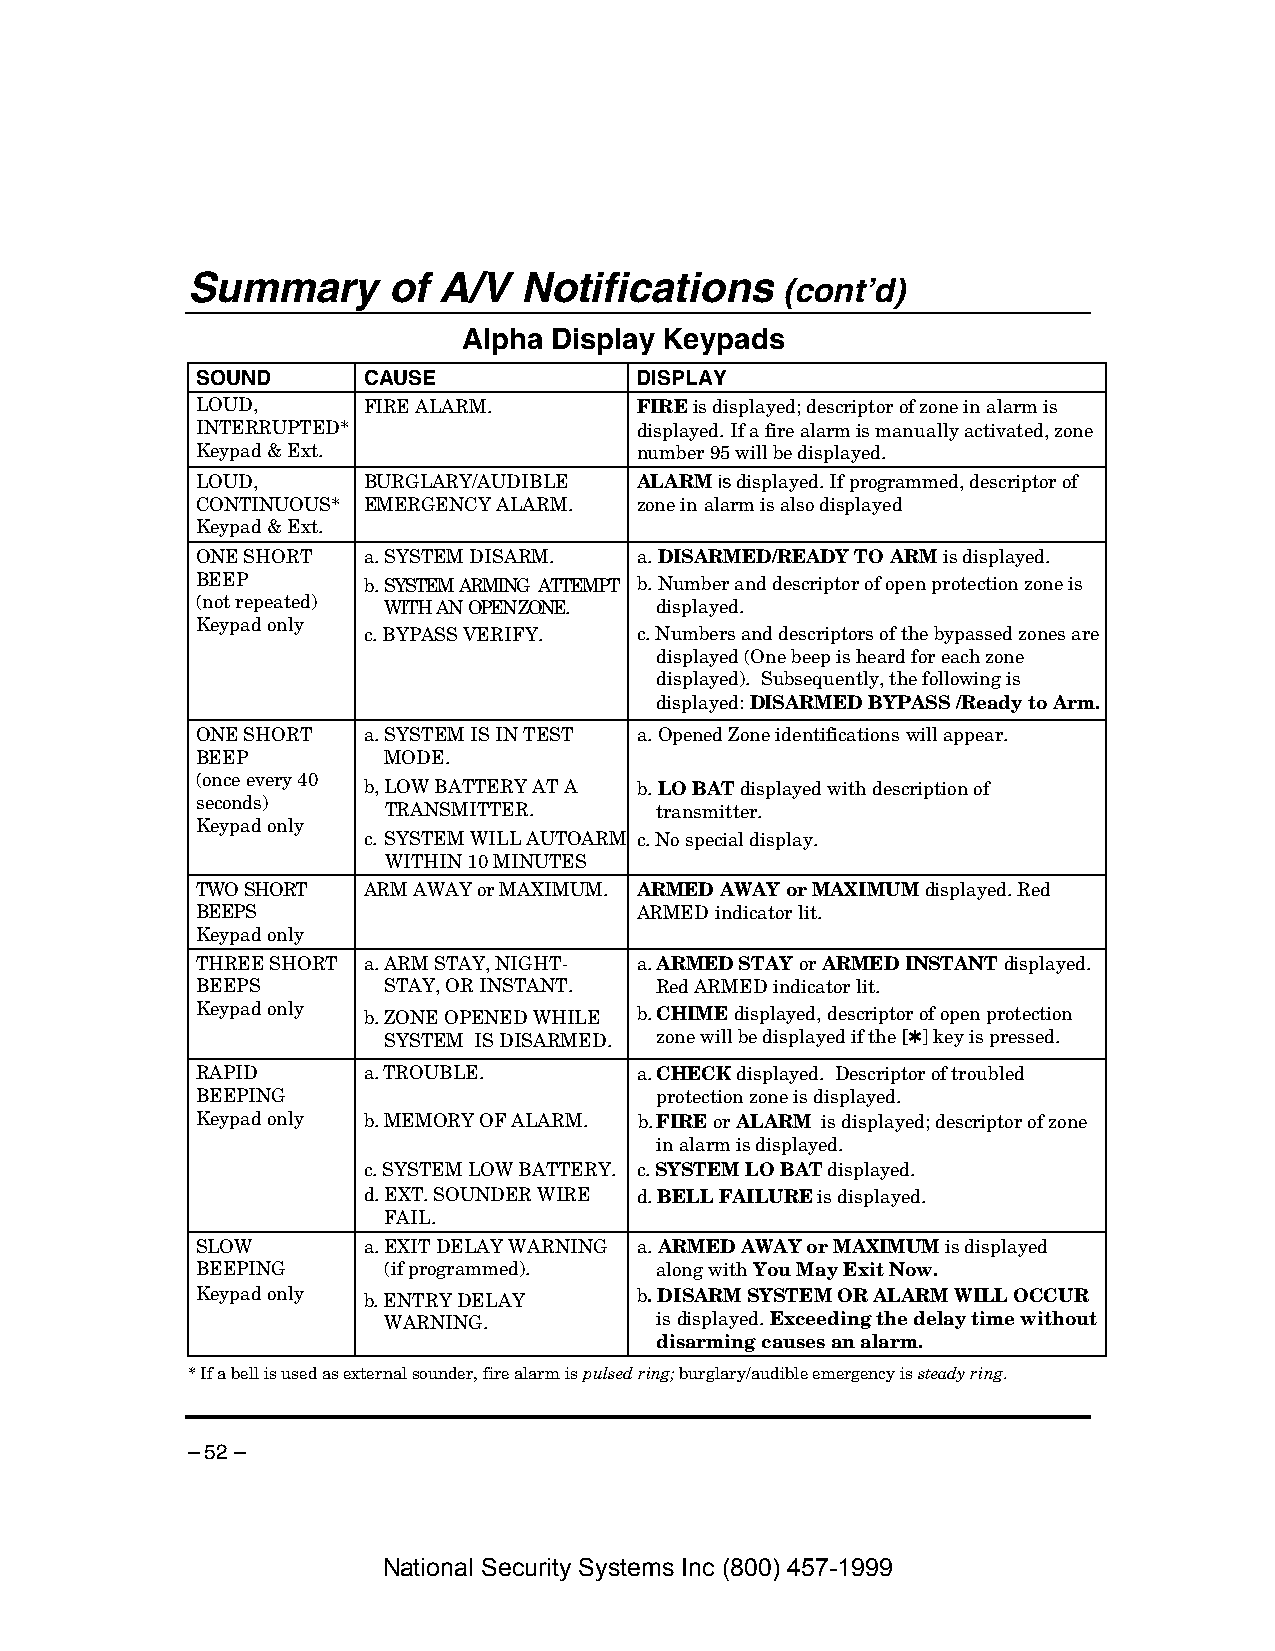
Summary       of A/V  Notifications
 (cont’d)
 Alpha Display Keypads
 SOUND      CAUSE             DISPLAY
 LOUD,      FIRE ALARM.       FIRE is displayed; descriptor of zone in alarm is
 INTERRUPTED*                 displayed. If a fire alarm is manually activated, zone
 Keypad & Ext.                number 95 will be displayed.
 LOUD,      BURGLARY/AUDIBLE  ALARM is displayed. If programmed, descriptor of
 CONTINUOUS* EMERGENCY ALARM. zone in alarm is also displayed
 Keypad & Ext.
 ONE SHORT  a. SYSTEM DISARM. a. DISARMED/READY TO ARM is displayed.
 BEEP       b. SYSTEM ARMING ATTEMPT b. Number and descriptor of open protection zone is
 (not repeated) WITH AN OPEN ZONE. displayed.
 Keypad only
 c. BYPASS VERIFY. c. Numbers and descriptors of the bypassed zones are
 displayed (One beep is heard for each zone
 displayed). Subsequently, the following is
 displayed: DISARMED BYPASS /Ready to Arm.
 ONE SHORT  a. SYSTEM IS IN TEST a. Opened Zone identifications will appear.
 BEEP        MODE.
 (once every 40 b, LOW BATTERY AT A b. LO BAT displayed with description of
 seconds)    TRANSMITTER.      transmitter.
 Keypad only
 c. SYSTEM WILL AUTOARM c. No special display.
 WITHIN 10 MINUTES
 TWO SHORT  ARM AWAY or MAXIMUM. ARMED AWAY or MAXIMUM displayed. Red
 BEEPS                        ARMED indicator lit.
 Keypad only
 THREE SHORT a. ARM STAY, NIGHT- a. ARMED STAY or ARMED INSTANT displayed.
 BEEPS       STAY, OR INSTANT. Red ARMED indicator lit.
 Keypad only b. ZONE OPEN ED WHILE b. CHIME displayed, descriptor of open protection
 SYSTEM IS DISARMED. zone will be displayed if the [✱] key is pressed.
 RAPID      a. TROUBLE.       a. CHECK displayed. Descriptor of troubled
 BEEPING                       protection zone is displayed.
 Keypad only b. MEMORY OF ALARM. b. FIRE or ALARM is displayed; descriptor of zone
 in alarm is displayed.
 c. SYSTEM LOW BATTERY. c. SYSTEM LO BAT displayed.
 d. EXT. SOUNDER WIRE d. BELL FAILURE is displayed.
 FAIL.
 SLOW       a. EXIT DELAY WARNING a. ARMED AWAY or MAXIMUM is displayed
 BEEPING     (if programmed).  along with You May Exit Now.
 Keypad only b. ENTRY DELAY   b. DISARM SYSTEM OR ALARM WILL OCCUR
 WARNING.          is displayed. Exceeding the delay time without
 disarming causes an alarm.
 * If a bell is used as external sounder, fire alarm is pulsed ring; burglary/audible emergency is steady ring.
 – 52 –
 National Security Systems Inc (800) 457-1999